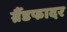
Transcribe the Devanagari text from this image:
ग्रैंडफादर